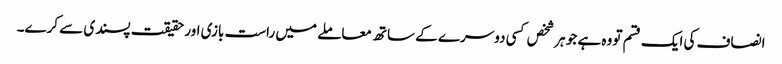
انصاف کی ایک قسم تو وہ ہے جو ہر شخص کسی دوسرے کے ساتھ معاملے میں راست بازی اور حقیقت پسندی سے کرے۔